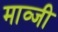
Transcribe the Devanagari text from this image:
माव्जी